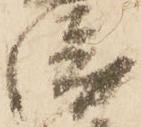
衛